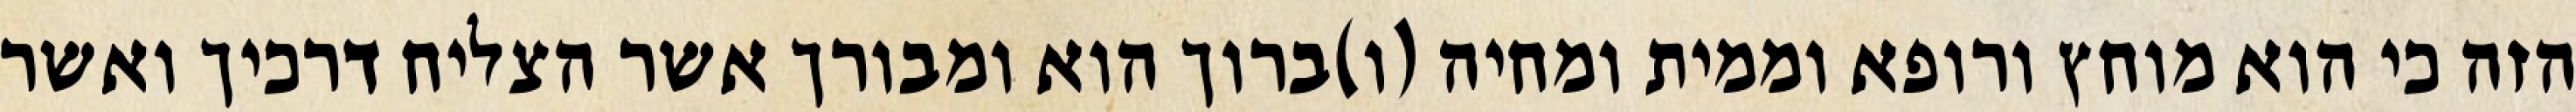
הזה כי הוא מוחץ ורופא וממית ומחיה (ו)ברוך הוא ומבורך אשר הצליח דרכיך ואשר